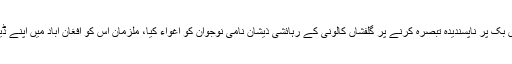
تفصیلات کے مطابق فیصل آباد میں بااثر افراد نے فیس بک پر ناپسندیدہ تبصرہ کرنے پر گلفشاں کالونی کے رہائشی ذیشان نامی نوجوان کو اغواء کیا، ملزمان اس کو افغان آباد میں اپنے ڈیرے پر لے آئے اور مار مار کر اسے بے حال کر دیا۔